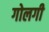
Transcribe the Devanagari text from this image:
गोलगी